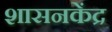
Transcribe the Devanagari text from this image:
शासनकेंद्र